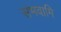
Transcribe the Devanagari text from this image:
संभवामि